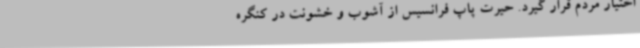
اختیار مردم قرار گیرد. حیرت پاپ فرانسیس از آشوب و خشونت در کنگره